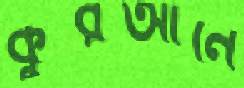
কুরআনে